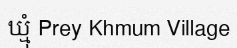
ឃ្មុំ Prey Khmum Village